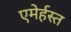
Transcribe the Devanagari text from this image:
एमेर्हस्त